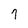
Character: 9